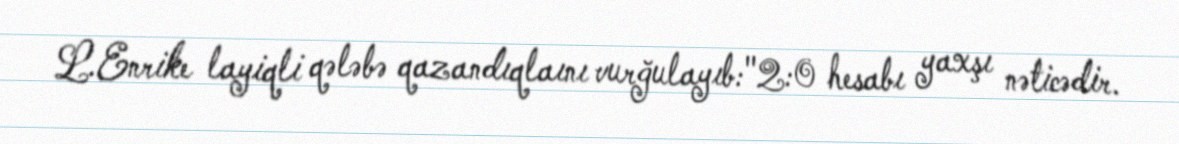
L.Enrike layiqli qələbə qazandıqlaını vurğulayıb:"2:0 hesabı yaxşı nəticədir.